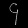
Digit: ၄